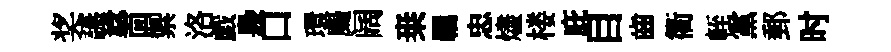
奖讌稔靣禦洛戯裊口環颺阔桒羈忠燼楼庇目齒衢輊黨郵时